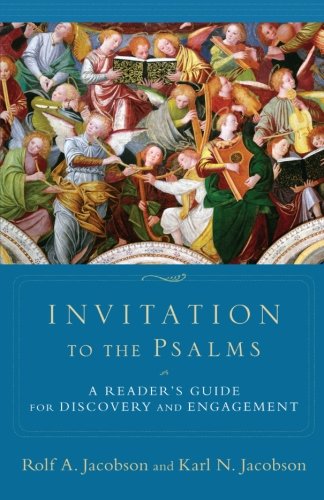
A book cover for Invitation to the Psalms: A Reader's Guide for Discovery and Engagement; Rolf A. Jacobson; Christian Books & Bibles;